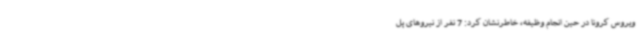
ویروس کرونا در حین انجام وظیفه، خاطرنشان کرد: 7 نفر از نیروهای پل